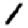
Digit: 1